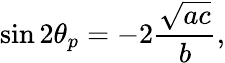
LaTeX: \sin 2\theta_{p}=-2{\frac{\sqrt{ac}}{b}},